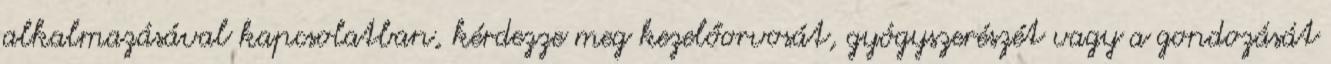
alkalmazásával kapcsolatban, kérdezze meg kezelőorvosát, gyógyszerészét vagy a gondozását